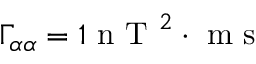
\Gamma _ { \alpha \alpha } = 1 \mathrm { ~ n ~ T ~ } ^ { 2 } \cdot \mathrm { ~ m ~ s ~ }